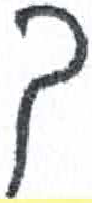
אות: ך